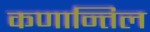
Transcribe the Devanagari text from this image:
कणान्तिल